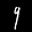
Label: 9